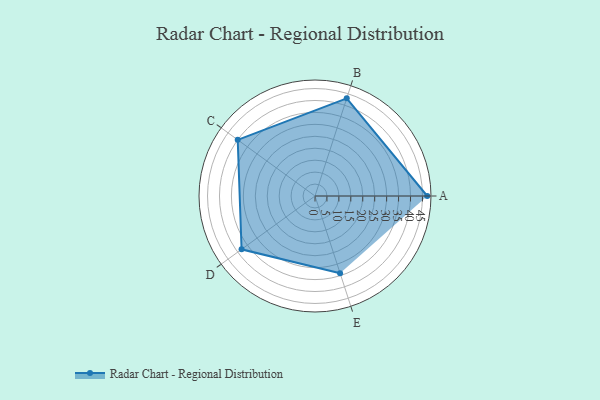
{"axis": {"x": "Skill", "y": "Score"}, "legend": ["Profile"], "data": [{"x": "A", "y": 47.0, "type": "Profile"}, {"x": "B", "y": 43.0, "type": "Profile"}, {"x": "C", "y": 40.0, "type": "Profile"}, {"x": "D", "y": 38.0, "type": "Profile"}, {"x": "E", "y": 34.0, "type": "Profile"}]}